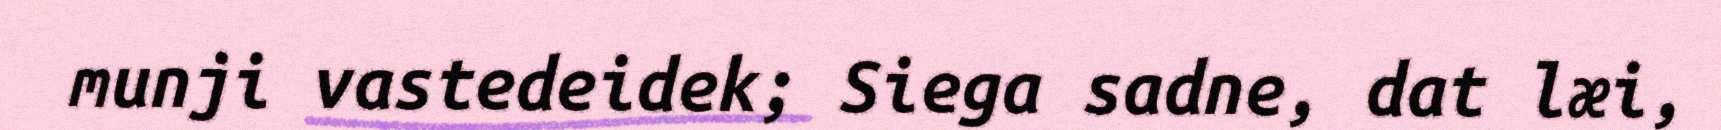
munji vastedeidek; Siega sadne, dat læi,